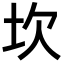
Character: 坎